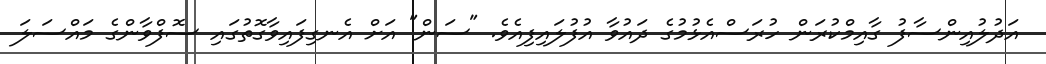
އަދުލުއިންސާފު ގާއިމްކުރަން ހުރަސްއެޅުމުގެ ދައުވާ އުފުލައިފިއެވެ. "ސަން" އަށް އެނގިފައިވާގޮތުގައި ސޮފްވާންގެ މައްސަލަ